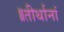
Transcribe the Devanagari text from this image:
॥तीर्थानां